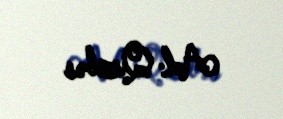
Ad: Qızbəs